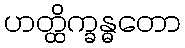
ဟတ္ထိက္ခန္ဓတော